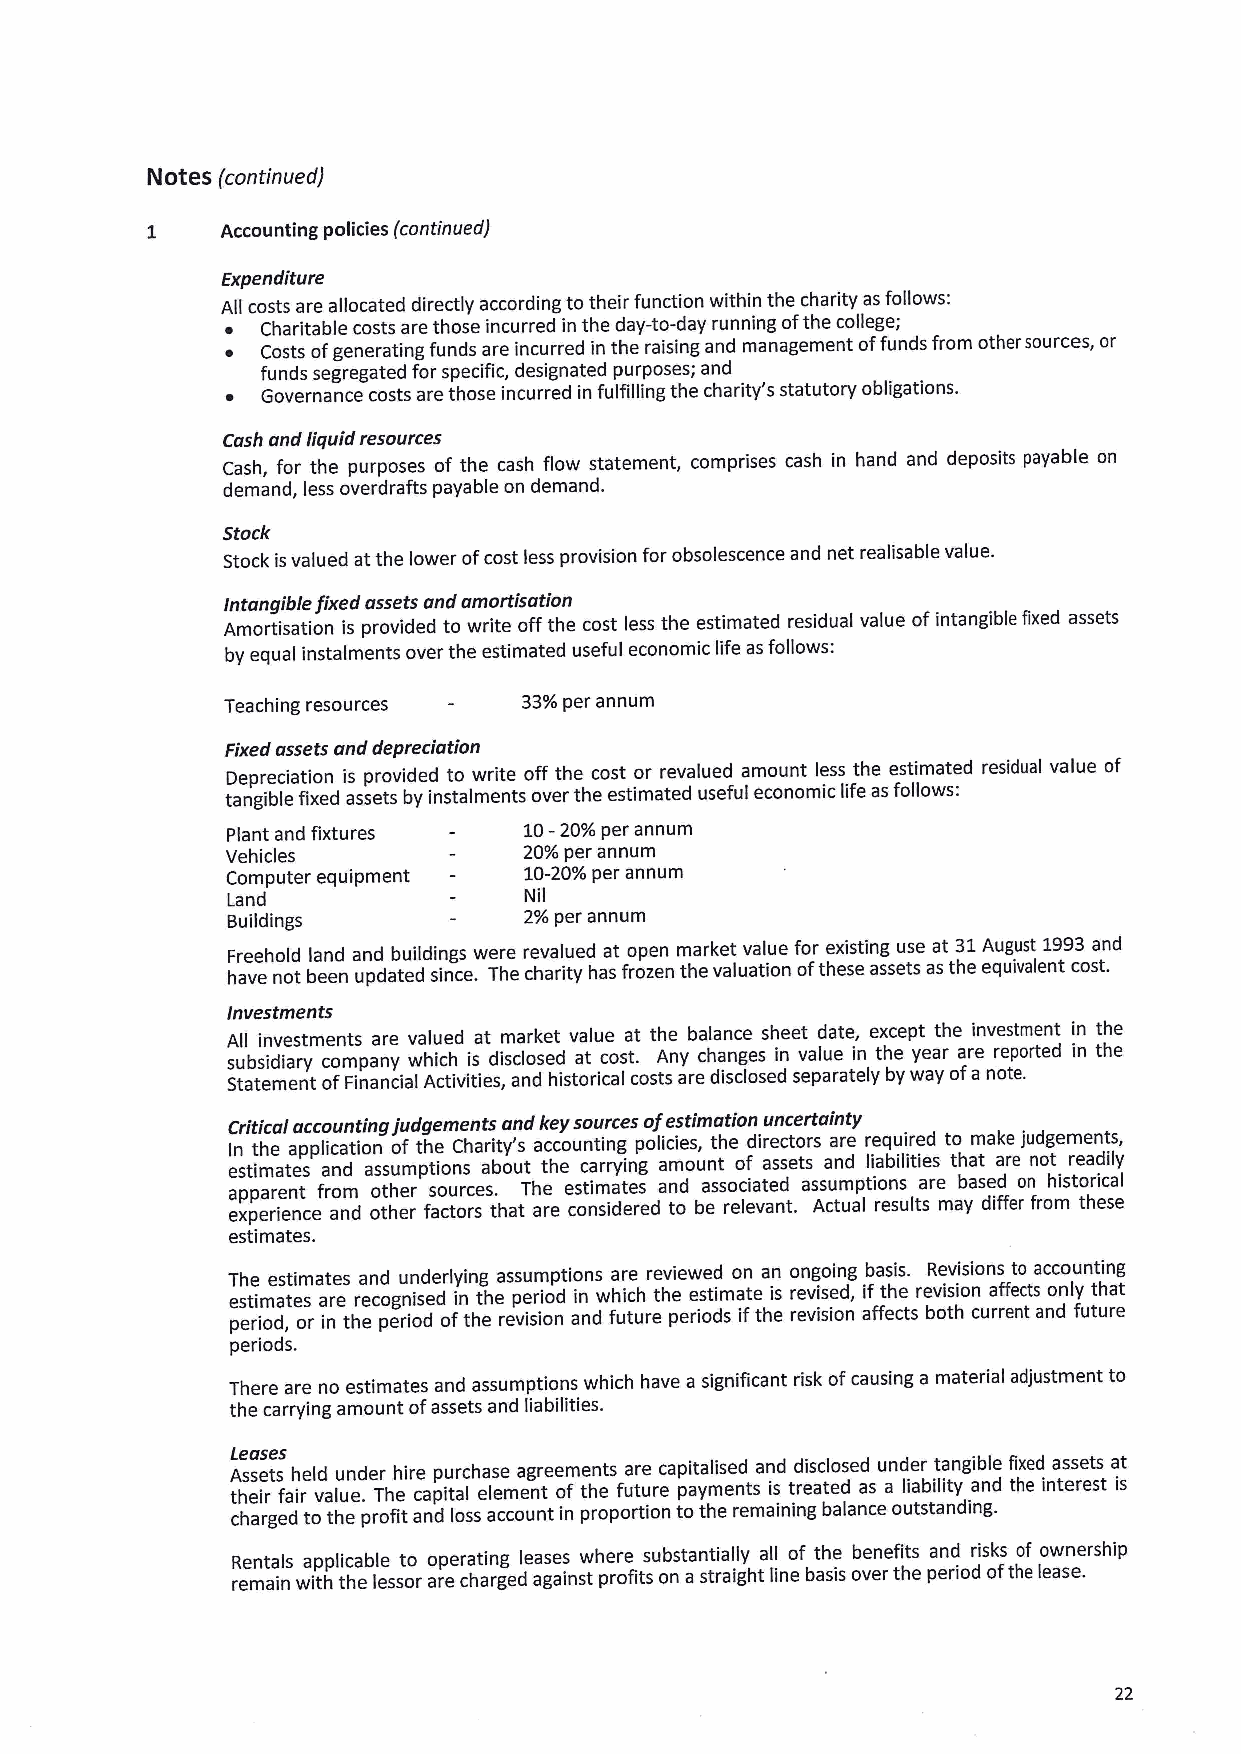
Notes (continued)
 1    Accounting policies (continued)
 Expenditure
 All costs are allocated directly according to their function within the charity as follows:
 ~ Charitable costs are those incurred in the day-to-day running ofthe college;
 ~ Costs ofgenerating funds are incurred in the raising and management offunds from other sources, or
 funds segregated for specific, designated purposes; and
 ~ Governance costs are those incurred in fulfilling the charity's statutory obligations.
 Cash and liquid resources
 Cash, for the purposes of the cash flow statement, comprises cash in hand and deposits payable on
 demand, less overdrafts payable on demand.
 Stock
 Stock isvalued at the lower ofcost less provision for obsolescence and net realisable value.
 Intangible fixed assets and amortisation
 Amortisation is provided to write offthe cost less the estimated residual value ofintangible fixed assets
 by equal instalments over the estimated useful economic life as follows:
 Teaching resources  33%per annum
 Fixed assets and depreciation
 Depreciation is provided to write off the cost or revalued amount less the estimated residual value of
 tangible fixed assets by instalments over the estimated useful economic life as follows:
 Plant and fixtures  10-20%per annum
 Vehicles            20%per annum
 Computer equipment  10-20%per annum
 Land                Nil
 Buildings           2%per annum
 Freehold land and buildings were revalued at open market value for existing use at 31August 1993and
 have not been updated since. The charity has frozen the valuation ofthese assets as the equivalent cost.
 Investments
 A sull bsi in dv iae rs ytme cn ot ms panar ye v wa hl iu ce hd isat dim sca lr ok se et
 d
 v aa tlu ce osa tt
 .
 th Ae nyba cl ha an nc ge essh ineet vald ua ete, ine tx hc eep yt eat rhe ari env re es ptm ore tn et
 d
 i in
 n
 t thh ee
 Statement ofFinancial Activities, and historical costs are disclosed separately by way ofa note.
 Critical accounting judgements and key sources ofestimation uncertainty
 In the application of the Charity's accounting policies, the directors are required to make judgements,
 estimates and assumptions about the carrying amount of assets and liabilities that are not readily
 apparent from other sources. The estimates and associated assumptions are based on historical
 experience and other factors that are considered to be relevant. Actual results may differ from these
 estimates.
 The estimates and underlying assumptions are reviewed on an ongoing basis. Revisions to accounting
 estimates are recognised in the period in which the estimate is revised, ifthe revision affects only that
 period, or in the period ofthe revision and future periods ifthe revision affects both current and future
 periods.
 There are no estimates and assumptions which have a significant risk ofcausing a material adjustment to
 the carrying amount ofassets and liabilities.
 Leases
 Assets held under hire purchase agreements are capitalised and disclosed under tangible fixed assets at
 their fair value. The capital element of the future payments is treated as a liability and the interest is
 charged to the profit and loss account in proportion to the remaining balance outstanding.
 Rentals applicable to operating leases where substantially all of the benefits and risks of ownership
 remain with the lessor are charged against profits on astraight line basis over the period ofthe lease.
 22